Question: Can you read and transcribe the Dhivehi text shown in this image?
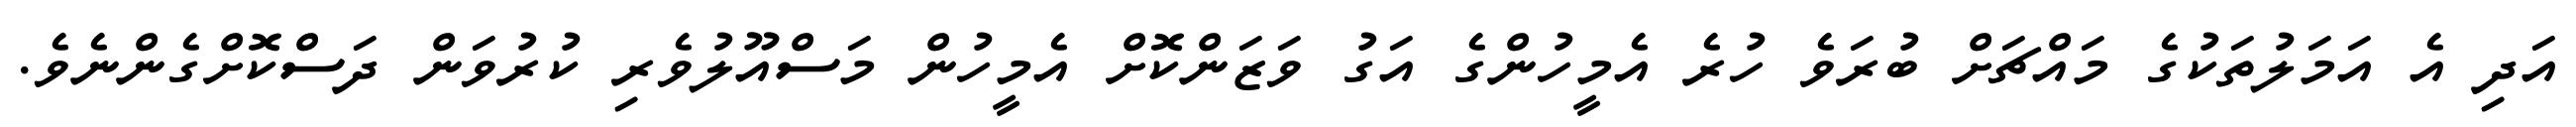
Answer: އަދި އެ އަމަލުތަކުގެ މައްޗަށް ބުރަވެ ހުރެ އެމީހުންގެ އަގު ވަޒަންކޮށް އެމީހުން މަސްއޫލުވެރި ކުރުވަން ދަސްކޮށްގެންނެވެ.